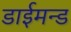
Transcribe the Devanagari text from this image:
डाईमन्ड